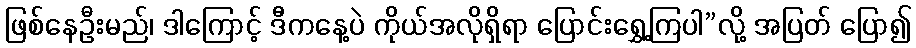
ဖြစ်နေဦးမည်၊ ဒါကြောင့် ဒီကနေ့ပဲ ကိုယ်အလိုရှိရာ ပြောင်းရွှေ့ကြပါ”လို့ အပြတ် ပြော၍